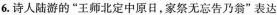
6.诗人陆游的“王师北定中原日，家祭无忘告乃翁”表达